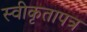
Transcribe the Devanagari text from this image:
स्वीकृतापत्र